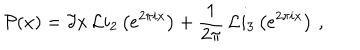
{ \cal P } ( x ) = \Im x \, { \cal L } i _ { 2 } \left( e ^ { 2 \pi i x } \right) + \frac { 1 } { 2 \pi } \, { \cal L } i _ { 3 } \left( e ^ { 2 \pi i x } \right) \, ,